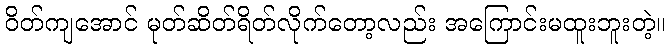
ဝိတ်ကျအောင် မုတ်ဆိတ်ရိတ်လိုက်တော့လည်း အကြောင်းမထူးဘူးတဲ့။